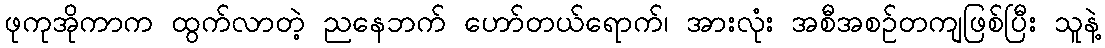
ဖုကုအိုကာက ထွက်လာတဲ့ ညနေဘက် ဟော်တယ်ရောက်၊ အားလုံး အစီအစဉ်တကျဖြစ်ပြီး သူနဲ့